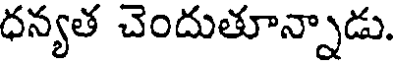
ధన్యత చెందుతూన్నాడు.